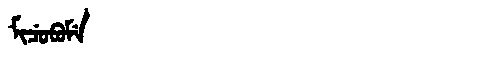
Manchu: ᠮᡳᠴᡠᠪᡠᠮᡝ
Romanization: MICUBUME